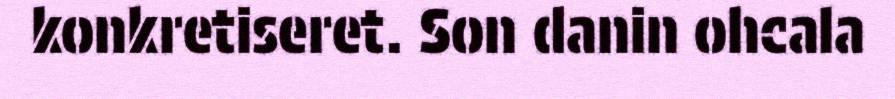
konkretiseret. Son danin ohcala